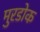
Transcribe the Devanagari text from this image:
मुरडोक